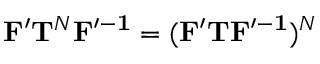
\mathbf { F ^ { \prime } } \mathbf { T } ^ { N } \mathbf { F ^ { \prime - 1 } } = ( \mathbf { F ^ { \prime } } \mathbf { T } \mathbf { F ^ { \prime - 1 } } ) ^ { N }